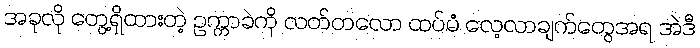
အခုလို တွေ့ရှိထားတဲ့ ဥက္ကာခဲကို လတ်တလော ထပ်မံ လေ့လာချက်တွေအရ အဲဒီ